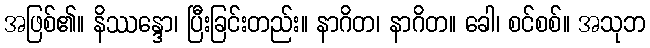
အဖြစ်၏။ နိဿန္ဒော၊ ပြီးခြင်းတည်း။ နာဂိတ၊ နာဂိတ။ ခေါ၊ စင်စစ်။ အသုဘ